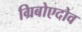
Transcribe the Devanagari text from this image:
ग्रिबोएदोव